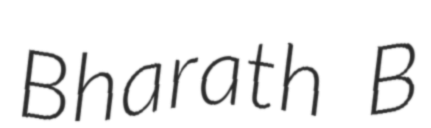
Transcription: Bharath B